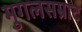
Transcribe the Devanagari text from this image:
मुगलसम्राट